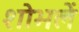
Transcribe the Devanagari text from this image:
शोभलें